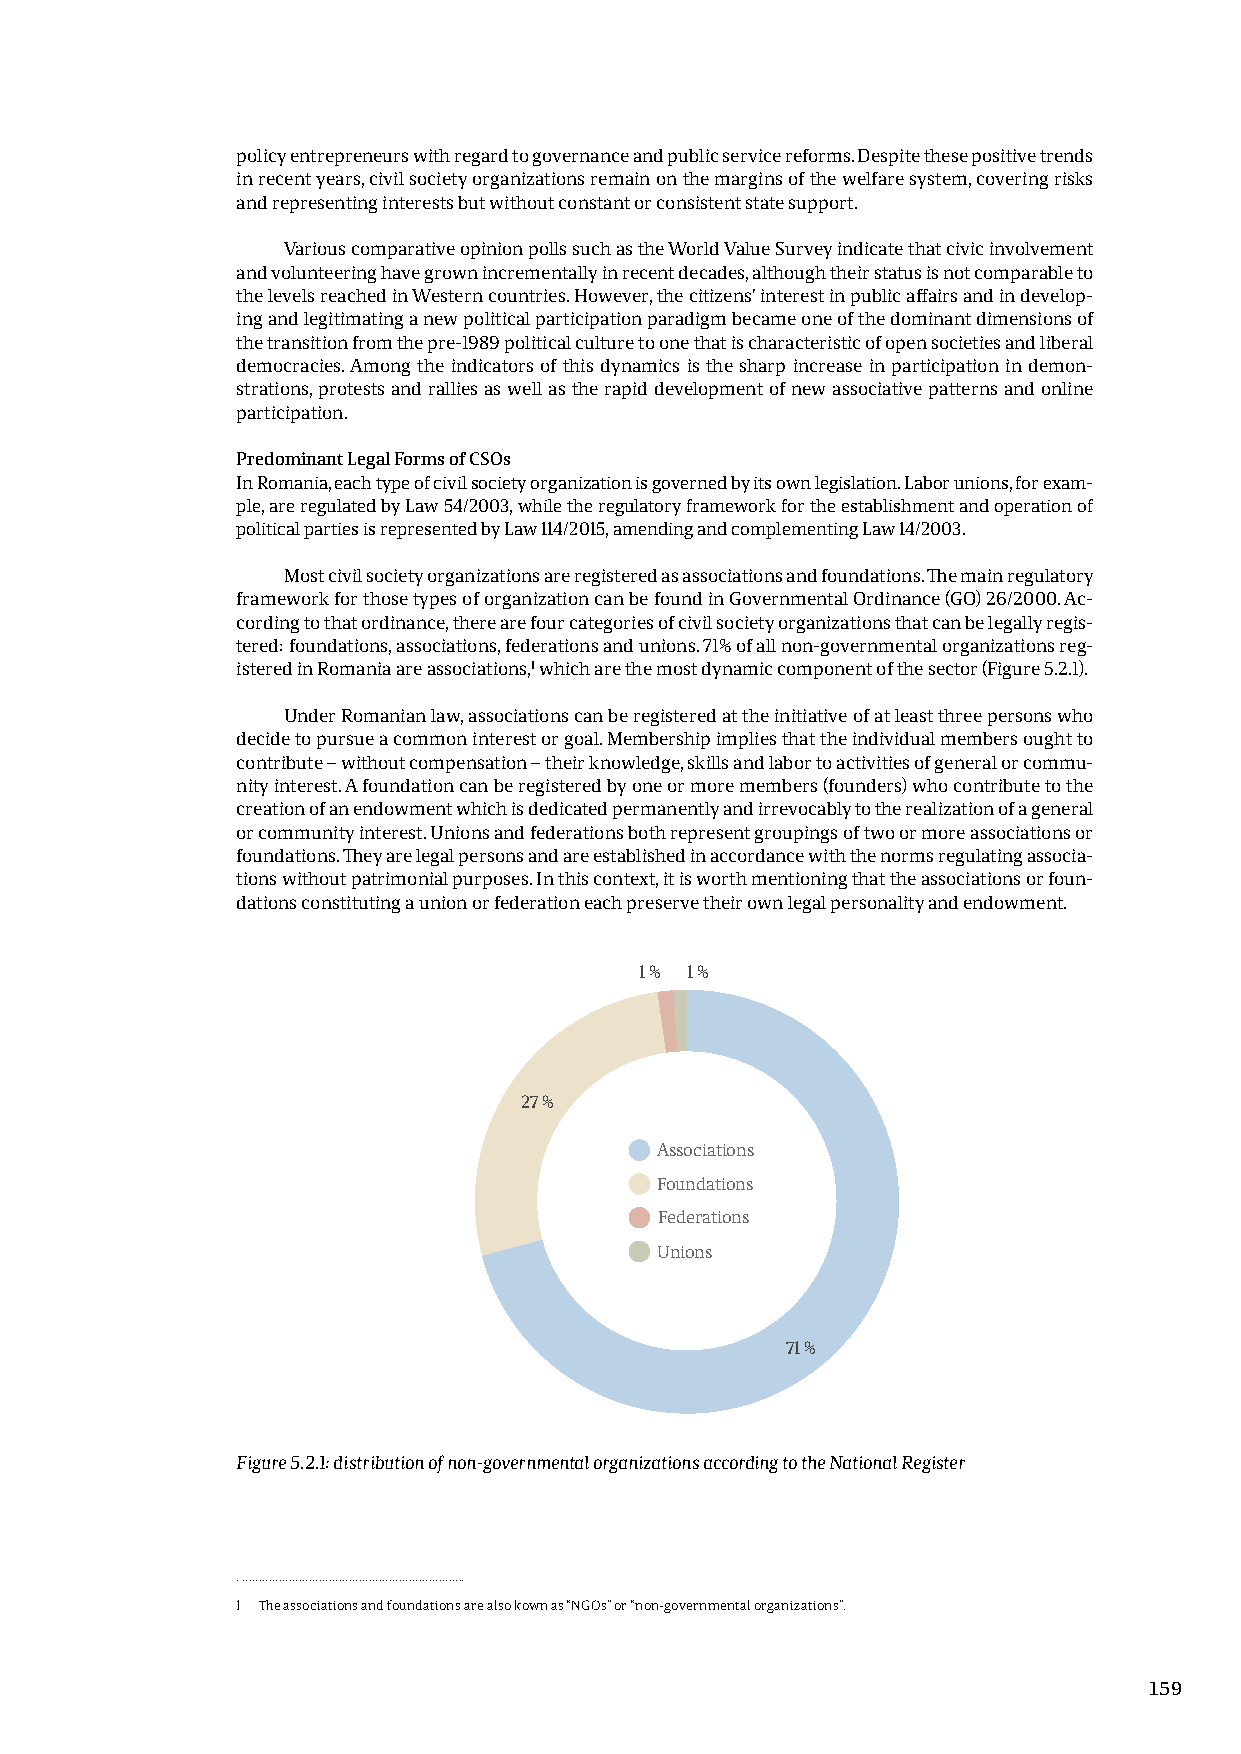
policy entrepreneurs with regard to governance and public service reforms. Despite these positive trends
 in recent years, civil society organizations remain on the margins of the welfare system, covering risks
 and representing interests but without constant or consistent state support.
 Various comparative opinion polls such as the World Value Survey indicate that civic involvement
 and volunteering have grown incrementally in recent decades, although their status is not comparable to
 the levels reached in Western countries. However, the citizens’ interest in public affairs and in develop-
 ing and legitimating a new political participation paradigm became one of the dominant dimensions of
 the transition from the pre-1989 political culture to one that is characteristic of open societies and liberal
 democracies. Among the indicators of this dynamics is the sharp increase in participation in demon-
 strations, protests and rallies as well as the rapid development of new associative patterns and online
 participation.
 Predominant Legal Forms of CSOs
 In Romania, each type of civil society organization is governed by its own legislation. Labor unions, for exam-
 ple, are regulated by Law 54/2003, while the regulatory framework for the establishment and operation of
 political parties is represented by Law 114/2015, amending and complementing Law 14/2003.
 Most civil society organizations are registered as associations and foundations. The main regulatory
 framework for those types of organization can be found in Governmental Ordinance (GO) 26/2000. Ac-
 cording to that ordinance, there are four categories of civil society organizations that can be legally regis-
 tered: foundations, associations, federations and unions. 71% of all non-governmental organizations reg-
 istered in Romania are associations,1 which are the most dynamic component of the sector (Figure 5.2.1).
 Under Romanian law, associations can be registered at the initiative of at least three persons who
 decide to pursue a common interest or goal. Membership implies that the individual members ought to
 contribute – without compensation – their knowledge, skills and labor to activities of general or commu-
 nity interest. A foundation can be registered by one or more members (founders) who contribute to the
 creation of an endowment which is dedicated permanently and irrevocably to the realization of a general
 or community interest. Unions and federations both represent groupings of two or more associations or
 foundations. They are legal persons and are established in accordance with the norms regulating associa-
 tions without patrimonial purposes. In this context, it is worth mentioning that the associations or foun-
 dations constituting a union or federation each preserve their own legal personality and endowment.
 1 % 1 %
 27 %
 Associations
 Foundations
 Federations
 Unions
 71 %
 Figure 5.2.1: distribution of non-governmental organizations according to the National Register
 1 The associations and foundations are also kown as “NGOs” or “non-governmental organizations”.
 159